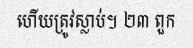
ហើយត្រូវស្លាប់។ ២៣ ពួក